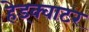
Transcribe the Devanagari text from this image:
हेड्क्वाटर